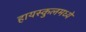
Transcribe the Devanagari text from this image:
हायस्कुलमध्ये